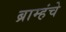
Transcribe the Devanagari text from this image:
ब्राम्हंचे